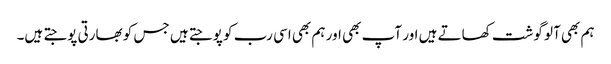
ہم بھی آلو گوشت کھاتے ہیں اور آپ بھی اور ہم بھی اسی رب کو پوجتے ہیں جس کو بھارتی پوجتے ہیں۔